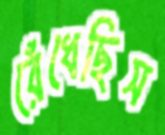
রেঁধেছিস